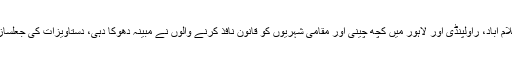
خیال رہے کہ کچھ ذرائع ابلاغ نے رپورٹ کیا تھا کہ اسلام آباد، راولپنڈی اور لاہور میں کچھ چینی اور مقامی شہریوں کو قانون نافذ کرنے والوں نے مبینہ دھوکا دہی، دستاویزات کی جعلسازی، انسانی اسمگلنگ کے الزامات پر حراست میں لیا تھا۔